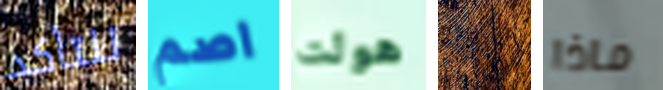
للتأكد اصم هولت ٠ ماذا